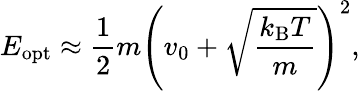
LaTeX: E_{\textrm{opt}}\approx\frac{1}{2}m\left(v_{0}+\sqrt{\frac{k_{\textrm{B}}T}{m}}\right)^{2},